Lunatic asylums Punjab 1881-1894 - 1881-1894
Year: 1881
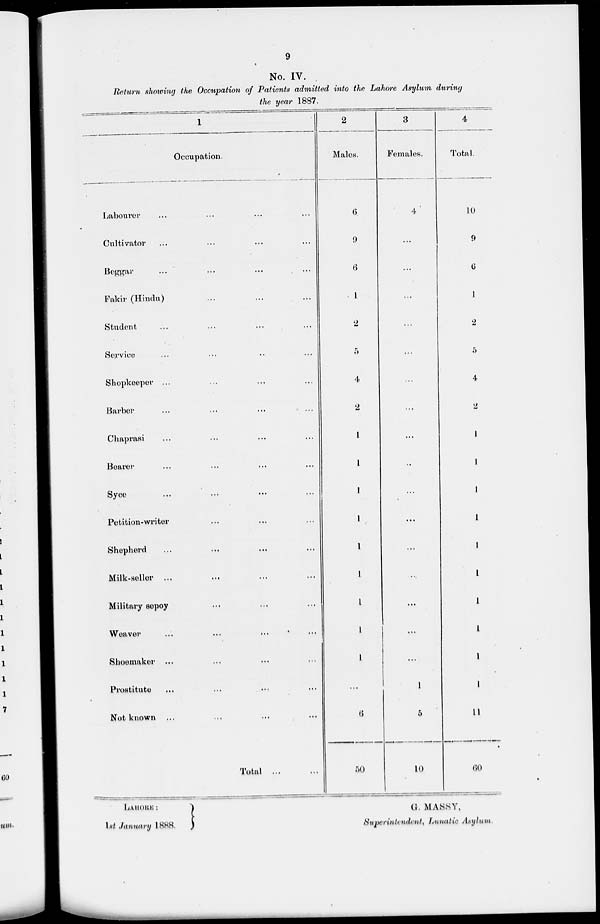
9
No. IV.
Return showing the Occupation of Patients admitted into the Lahore Asylum during
the year 1887.
1
Occupation.
Labourer ... ... ...
Cultivator ... ... ...
Beggar ... ... ...
Fakir (Hindu) ... ...
Student ... ... ...
Service ... ... ...
Shopkeeper ... ... ...
Barber ... ... ...
Chaprasi ... ... ...
Bearer ... ... ...
Syce ... ... ...
Petition.writer ... ... ...
Shepherd ... ... ...
Milk-seller ... ... ...
Military sepoy ... ... ...
Weaver ... ... ...
Shoemaker ... ... ...
Prostitute
...
...
...
Not known ... ... ...
Total ... ...
2
Males.
6
9
6
1
2
5
4
2
1
1
1
1
1
1
1
1
1
...
6
50
3
Females.
4
...
...
...
...
...
...
...
...
...
...
...
...
...
...
...
...
1
5
10
4
Total.
10
9
6
1
2
5
4
2
1
1
1
1
1
1
1
1
1
1
11
60
LAHORE :
1st January 1888.
G. MASSY,
Superintendent, Lunatic Asylum.